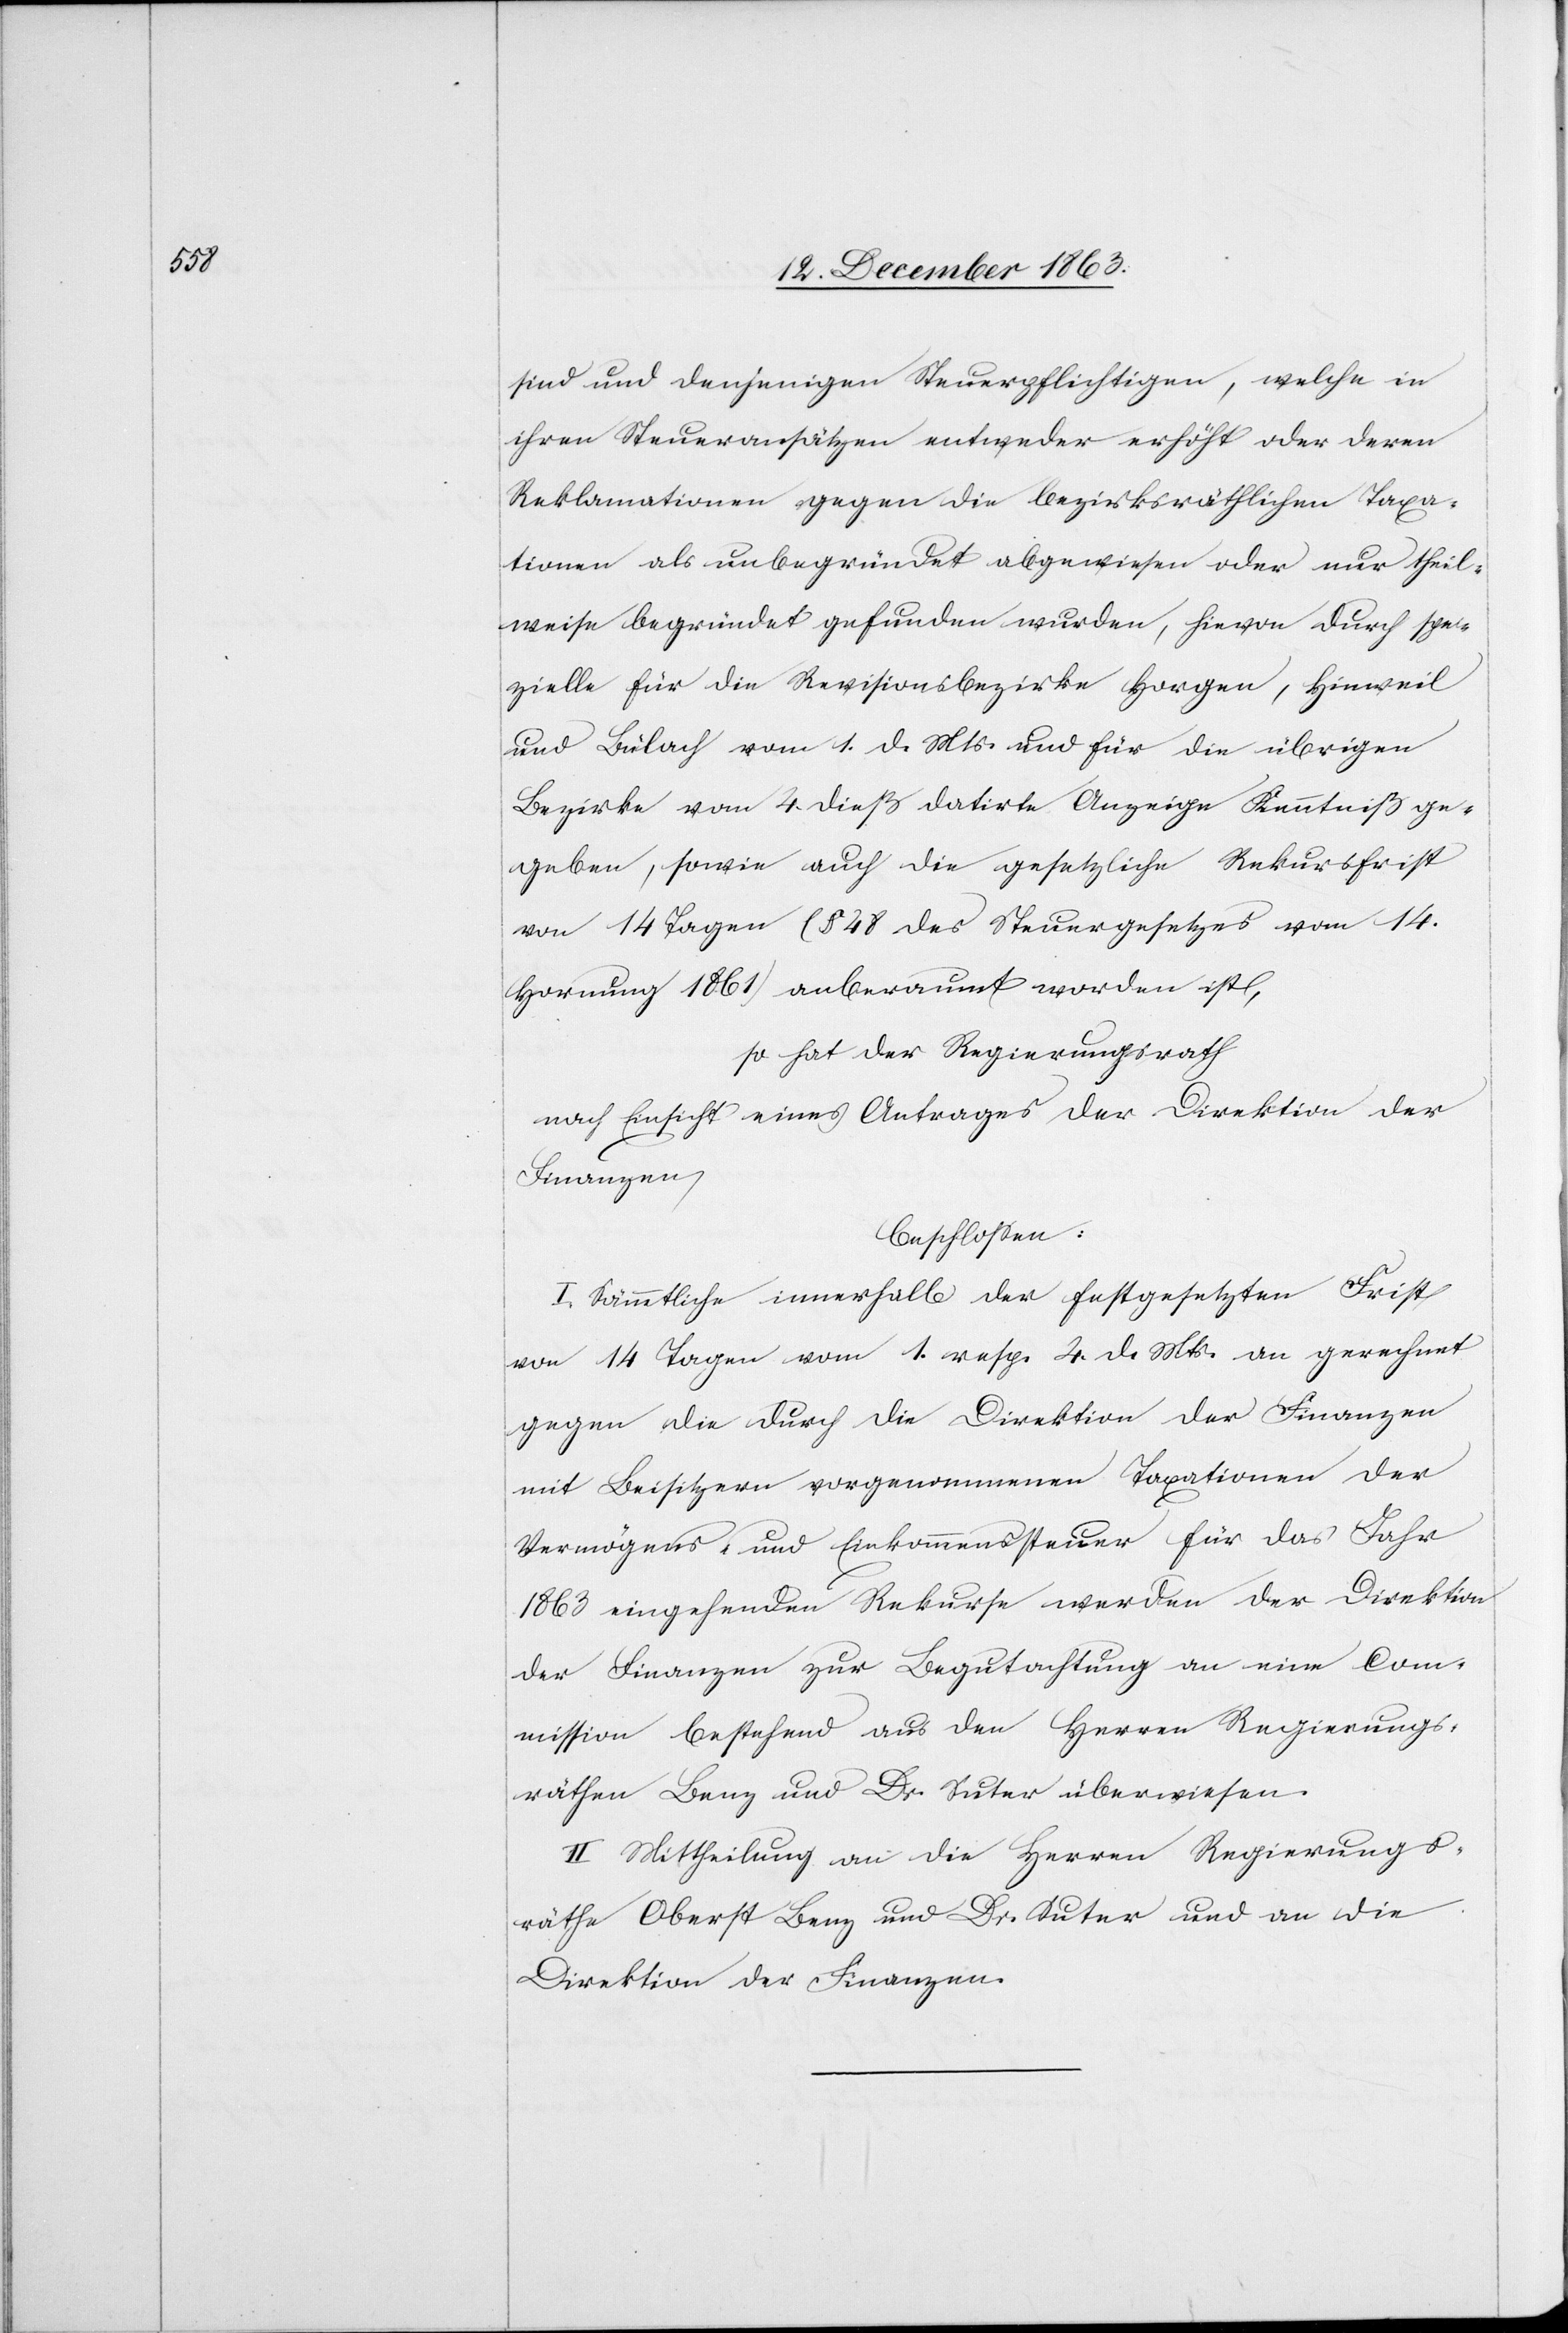
sind und denjenigen Steuerpflichtigen, welche in
ihren Steueransätzen entweder erhöht oder deren
Reklamationen gegen die bezirksräthlichen Taxa¬
tionen als unbegründet abgewiesen oder nur theil¬
weise begründet gefunden wurden, hievon durch spe¬
zielle für die Revisionsbezirke Horgen, Hinweil
und Bülach vom 1. d. Mts. und für die übrigen
Bezirke vom 4. dieß datirte Anzeige Kenntniß ge¬
geben, sowie auch die gesetzliche Rekursfrist
von 14 Tagen (§ 48 des Steuergesetzes vom 14.
Hornung 1861) anberaumt worden ist,
so hat der Regierungsrath
nach Einsicht eines Antrages der Direktion der
Finanzen,
beschlossen:
I. Sämmtliche innerhalb der festgesetzten Frist
von 14 Tagen vom 1. resp. 4. d. Mts. an gerechnet
gegen die durch die Direktion der Finanzen
mit Beisitzern vorgenommenen Taxationen der
Vermögens- und Einkommenssteuer für das Jahr
1863 eingehenden Rekurse werden der Direktion
der Finanzen zur Begutachtung an eine Com¬
mission bestehend aus den Herren Regierungs¬
räthen Benz und Dr. Suter überwiesen.
II. Mittheilung an die Herren Regierungs¬
räthe Oberst Benz und Dr. Suter und an die
Direktion der Finanzen.